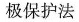
极保护法